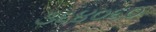
૩૬૪૦૬૦